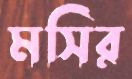
মসির